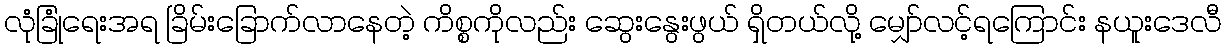
လုံခြုံရေးအရ ခြိမ်းခြောက်လာနေတဲ့ ကိစ္စကိုလည်း ဆွေးနွေးဖွယ် ရှိတယ်လို့ မျှော်လင့်ရကြောင်း နယူးဒေလီ